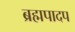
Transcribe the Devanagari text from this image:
ब्रह्मपादप